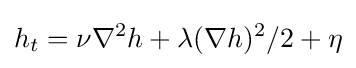
\displaystyle h_{t}=\nu \nabla ^{2}h+\lambda (\nabla h)^{2}/2+\eta